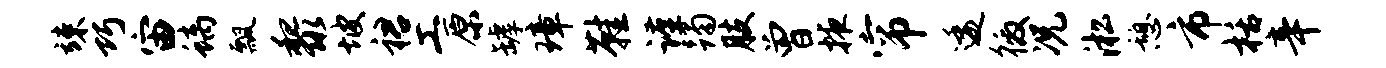
竦巧宙螭瓢黎坡裙工原罅璋鞋谨躅肢曾掖帘逶徼况淞憩市栝辛